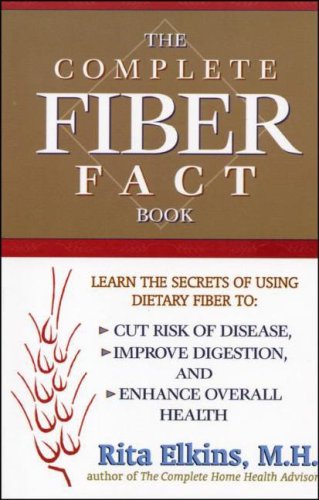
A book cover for Complete Fiber Fact Book, The: Learn the Secrets of Using Dietary Fiber to Cut the Risk of Disease, Improve Digestion, and Enhance Overall Health; Rita Elkins MH; Health, Fitness & Dieting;